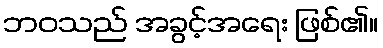
ဘဝသည် အခွင့်အရေး ဖြစ်၏။